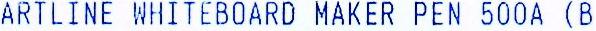
ARTLINE WHITEBOARD MAKER PEN 500A (B